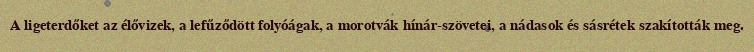
A ligeterdőket az élővizek, a lefűződött folyóágak, a morotvák hínár-szövetei, a nádasok és sásrétek szakították meg.